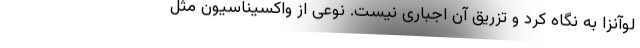
لوآنزا به نگاه کرد و تزریق آن اجباری نیست. نوعی از واکسیناسیون مثل